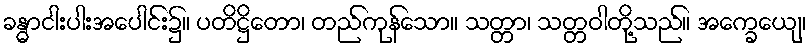
ခန္ဓာငါးပါးအပေါင်း၌။ ပတိဋ္ဌိတော၊ တည်ကုန်သော။ သတ္တာ၊ သတ္တဝါတို့သည်။ အက္ခေယျေ၊